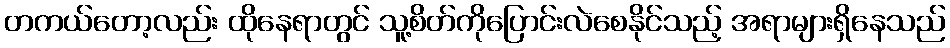
တကယ်တော့လည်း ထိုနေရာတွင် သူ့စိတ်ကိုပြောင်းလဲစေနိုင်သည့် အရာများရှိနေသည်